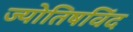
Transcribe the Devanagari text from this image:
ज्योतिषविंद